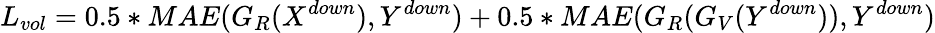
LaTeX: L_{vol}=0.5*MAE(G_{R}(X^{down}),Y^{down})+0.5*MAE(G_{R}(G_{V}(Y^{down})),Y^{down})